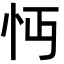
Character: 𢗔